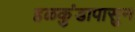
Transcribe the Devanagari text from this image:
हळकुंडापासुन